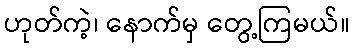
ဟုတ်ကဲ့၊ နောက်မှ တွေ့ကြမယ်။